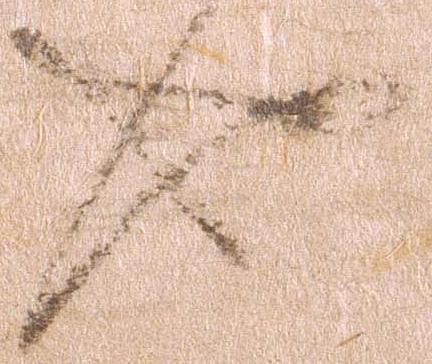
也